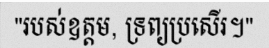
"របស់ឧត្តម, ទ្រព្យប្រសើរ។"